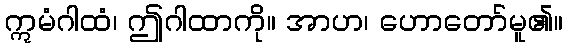
ဣမံဂါထံ၊ ဤဂါထာကို။ အာဟ၊ ဟောတော်မူ၏။